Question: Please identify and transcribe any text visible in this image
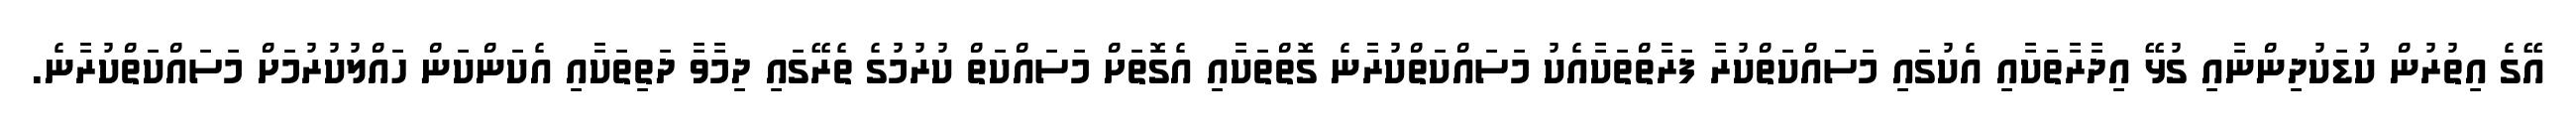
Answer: އޭގެ އިތުރުން ކުޑަކުދިންނާއި ގުޅޭ އިދާރާތަކާއި އެކުގައި މަސައްކަތްކުރާ ފަރާތްތަކާއެކު މަސައްކަތްކުރާނެ ގޮތްތަކާއި އެގޮތަށް މަސައްކަތް ކުރުމުގެ ތެރޭގައި ދިމާވާ ދަތިތަކާއި އެކަންކަން ހައްލުކުރުމަށް މަސައްކަތްކުރާނެ.